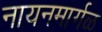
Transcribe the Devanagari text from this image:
नायनमार्गळ